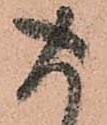
存